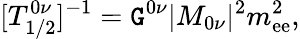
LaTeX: [T_{1/2}^{0\nu}]^{-1}=\mathtt{G}^{0\nu}|M_{0\nu}|^{2}m_{\mathrm{e}\mathrm{e}}^{2},